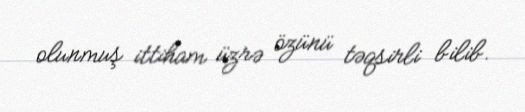
olunmuş ittiham üzrə özünü təqsirli bilib.